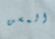
المسن